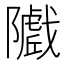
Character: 𱀽